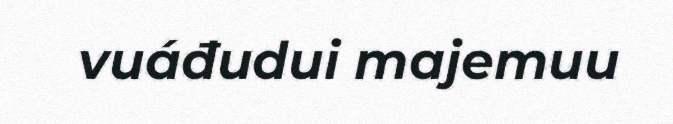
vuáđudui majemuu